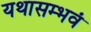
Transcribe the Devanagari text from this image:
यथासम्भवं